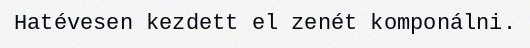
Hatévesen kezdett el zenét komponálni.